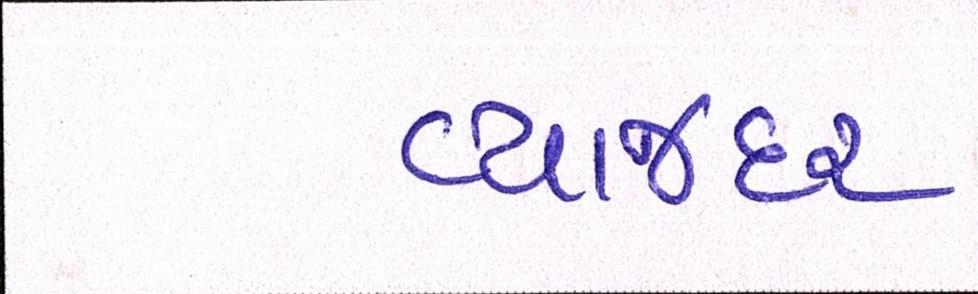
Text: વ્યાજદર